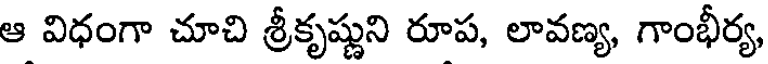
ఆ విధంగా చూచి శ్రీకృష్ణుని రూప, లావణ్య, గాంభీర్య,